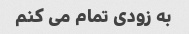
به زودی تمام می کنم